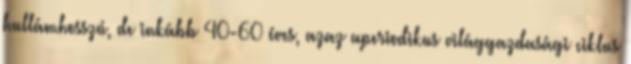
hullámhosszú, de inkább 40-60 éves, azaz aperiodikus világgazdasági ciklus